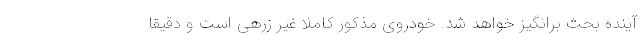
آینده بحث برانگیز خواهد شد. خودروی مذکور کاملا غیر زرهی است و دقیقا